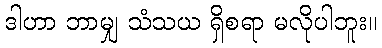
ဒါဟာ ဘာမျှ သံသယ ရှိစရာ မလိုပါဘူး။